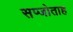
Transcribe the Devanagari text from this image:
सप्जोताह